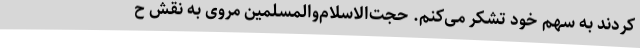
کردند به سهم خود تشکر می‌کنم. حجت‌الاسلام‌والمسلمین مروی به نقش ح